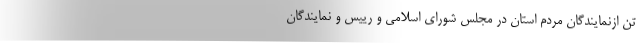
تن ازنمایندگان مردم استان در مجلس شورای اسلامی و رییس و نمایندگان